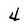
Character: 4